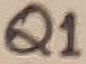
Text: Q1